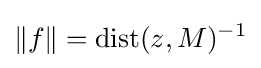
\|f\|=\operatorname {dist} (z,M)^{-1}